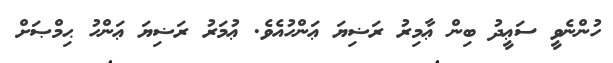
ހުންނެވީ ސަޢީދު ބިން ޢާމިރު ރަޟިޔަ ޢަންހުއެވެ. ޢުމަރު ރަޟިޔަ ޢަންހު ޙިމްޞަށް